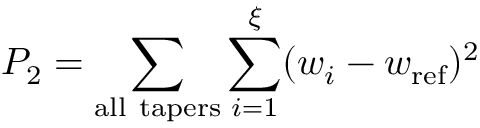
P _ { 2 } = \sum _ { \mathrm { a l l \ t a p e r s } } \sum _ { i = 1 } ^ { \xi } ( w _ { i } - w _ { \mathrm { r e f } } ) ^ { 2 }